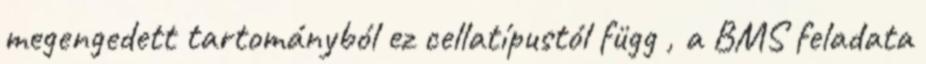
megengedett tartományból ez cellatípustól függ , a BMS feladata